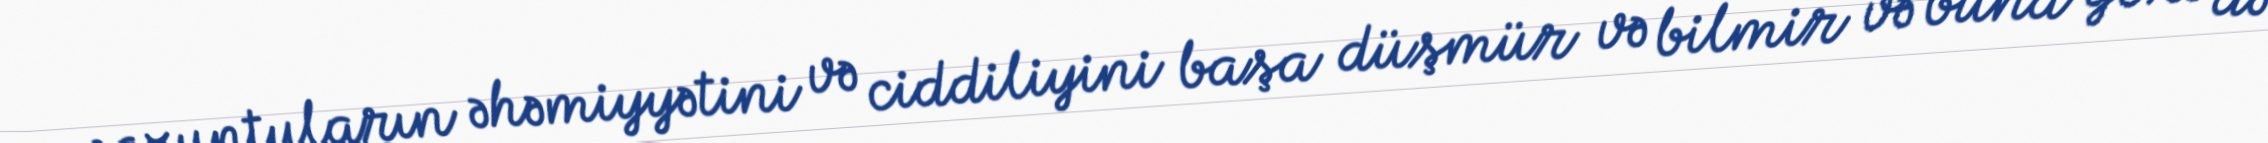
pozuntuların əhəmiyyətini və ciddiliyini başa düşmür və bilmir və buna görə də